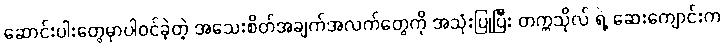
ဆောင်းပါးတွေမှာပါဝင်ခဲ့တဲ့ အသေးစိတ်အချက်အလက်တွေကို အသုံးပြုပြီး တက္ကသိုလ် ရဲ့ ဆေးကျောင်းက